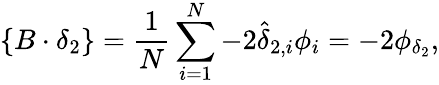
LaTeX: \{ B\cdot\delta_{2}\} =\frac{1}{N}\sum_{i=1}^{N}-2\hat{\delta}_{2,i}\phi_{i}=-2\phi_{\delta_{2}},